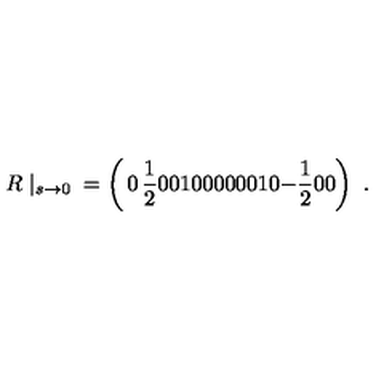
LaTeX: R \mid _ { s \rightarrow 0 } \mathrm { } = \left( \begin{matrix} { 0 } & { \frac { 1 } { 2 } } & { 0 } & { 0 } \\ { 1 } & { 0 } & { 0 } & { 0 } \\ { 0 } & { 0 } & { 0 } & { 1 } \\ { 0 } & { - \frac { 1 } { 2 } } & { 0 } & { 0 } \\ \end{matrix} \right) \ .